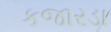
કજારડા